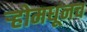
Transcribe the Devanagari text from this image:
र्‍होमधूनच